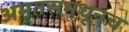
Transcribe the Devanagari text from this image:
अमृतसमधूनच